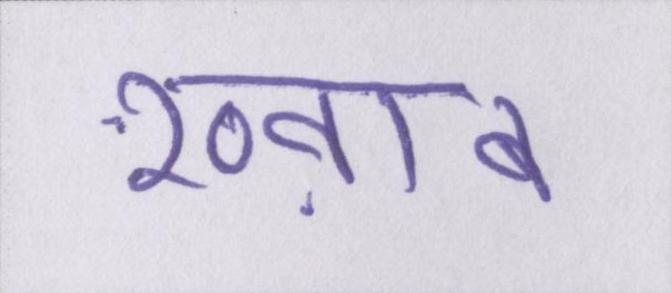
ख्व़ाब